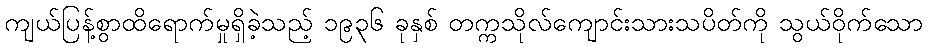
ကျယ်ပြန့်စွာထိရောက်မှုရှိခဲ့သည့် ၁၉၃၆ ခုနှစ် တက္ကသိုလ်ကျောင်းသားသပိတ်ကို သွယ်ဝိုက်သော